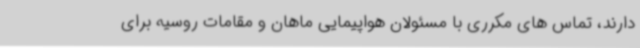
دارند، تماس های مکرری با مسئولان هواپیمایی ماهان و مقامات روسیه برای